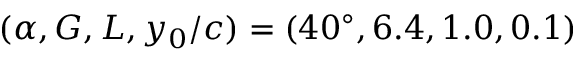
( \alpha , G , L , y _ { 0 } / c ) = ( 4 0 ^ { \circ } , 6 . 4 , 1 . 0 , 0 . 1 )